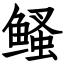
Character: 鳋